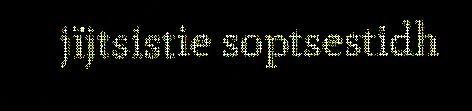
jïjtsistie soptsestidh